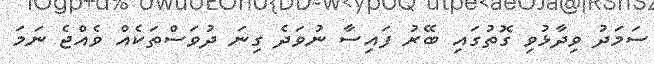
ސަމަދު ވިދާޅުވި ގޮތުގައި ބޭރު ފައިސާ ނުވަދެ ގިނަ ދުވަސްތަކެއް ވެއްޖެ ނަމަ